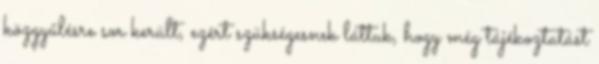
közgyűlésre sor került, ezért szükségesnek láttuk, hogy még tájékoztatást